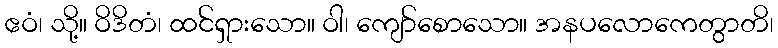
ဧဝံ၊ သို့။ ဝိဒိတံ၊ ထင်ရှားသော။ ဝါ၊ ကျော်စောသော။ အနပလောကေတွာတိ၊